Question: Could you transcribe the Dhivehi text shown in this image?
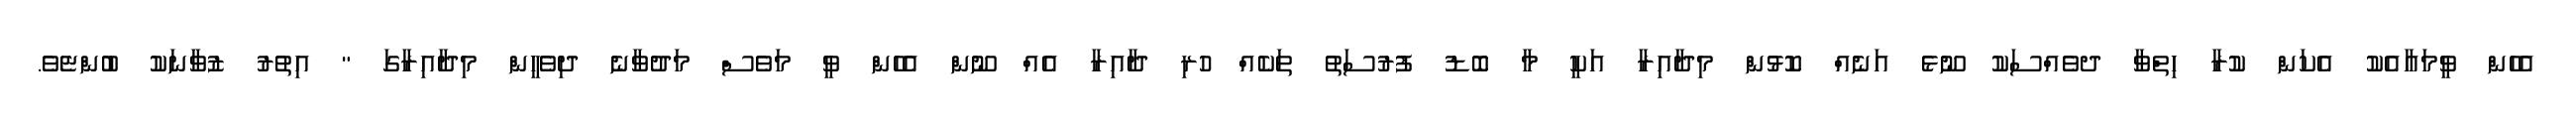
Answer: އެހެން ވީމައާއެކު އެކަން ކުރާ ހިތްވާ ދވެއްސަކު ނޫޅެ އަނެއް ކޮޅުން މިދާއިރާ އަކީ މާ ބޮޑު ފުރުސަތު ތަކެއް ހުރި ދާއިރާ އެއް ނޫން އެހެން ވީ މަވެސް މަދުވާނެ ދިވެހީން މިދާއިރާގަ " އިތުރު ޒުވާނަކު ބުންޏެވެ.